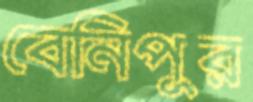
বেনিপুর